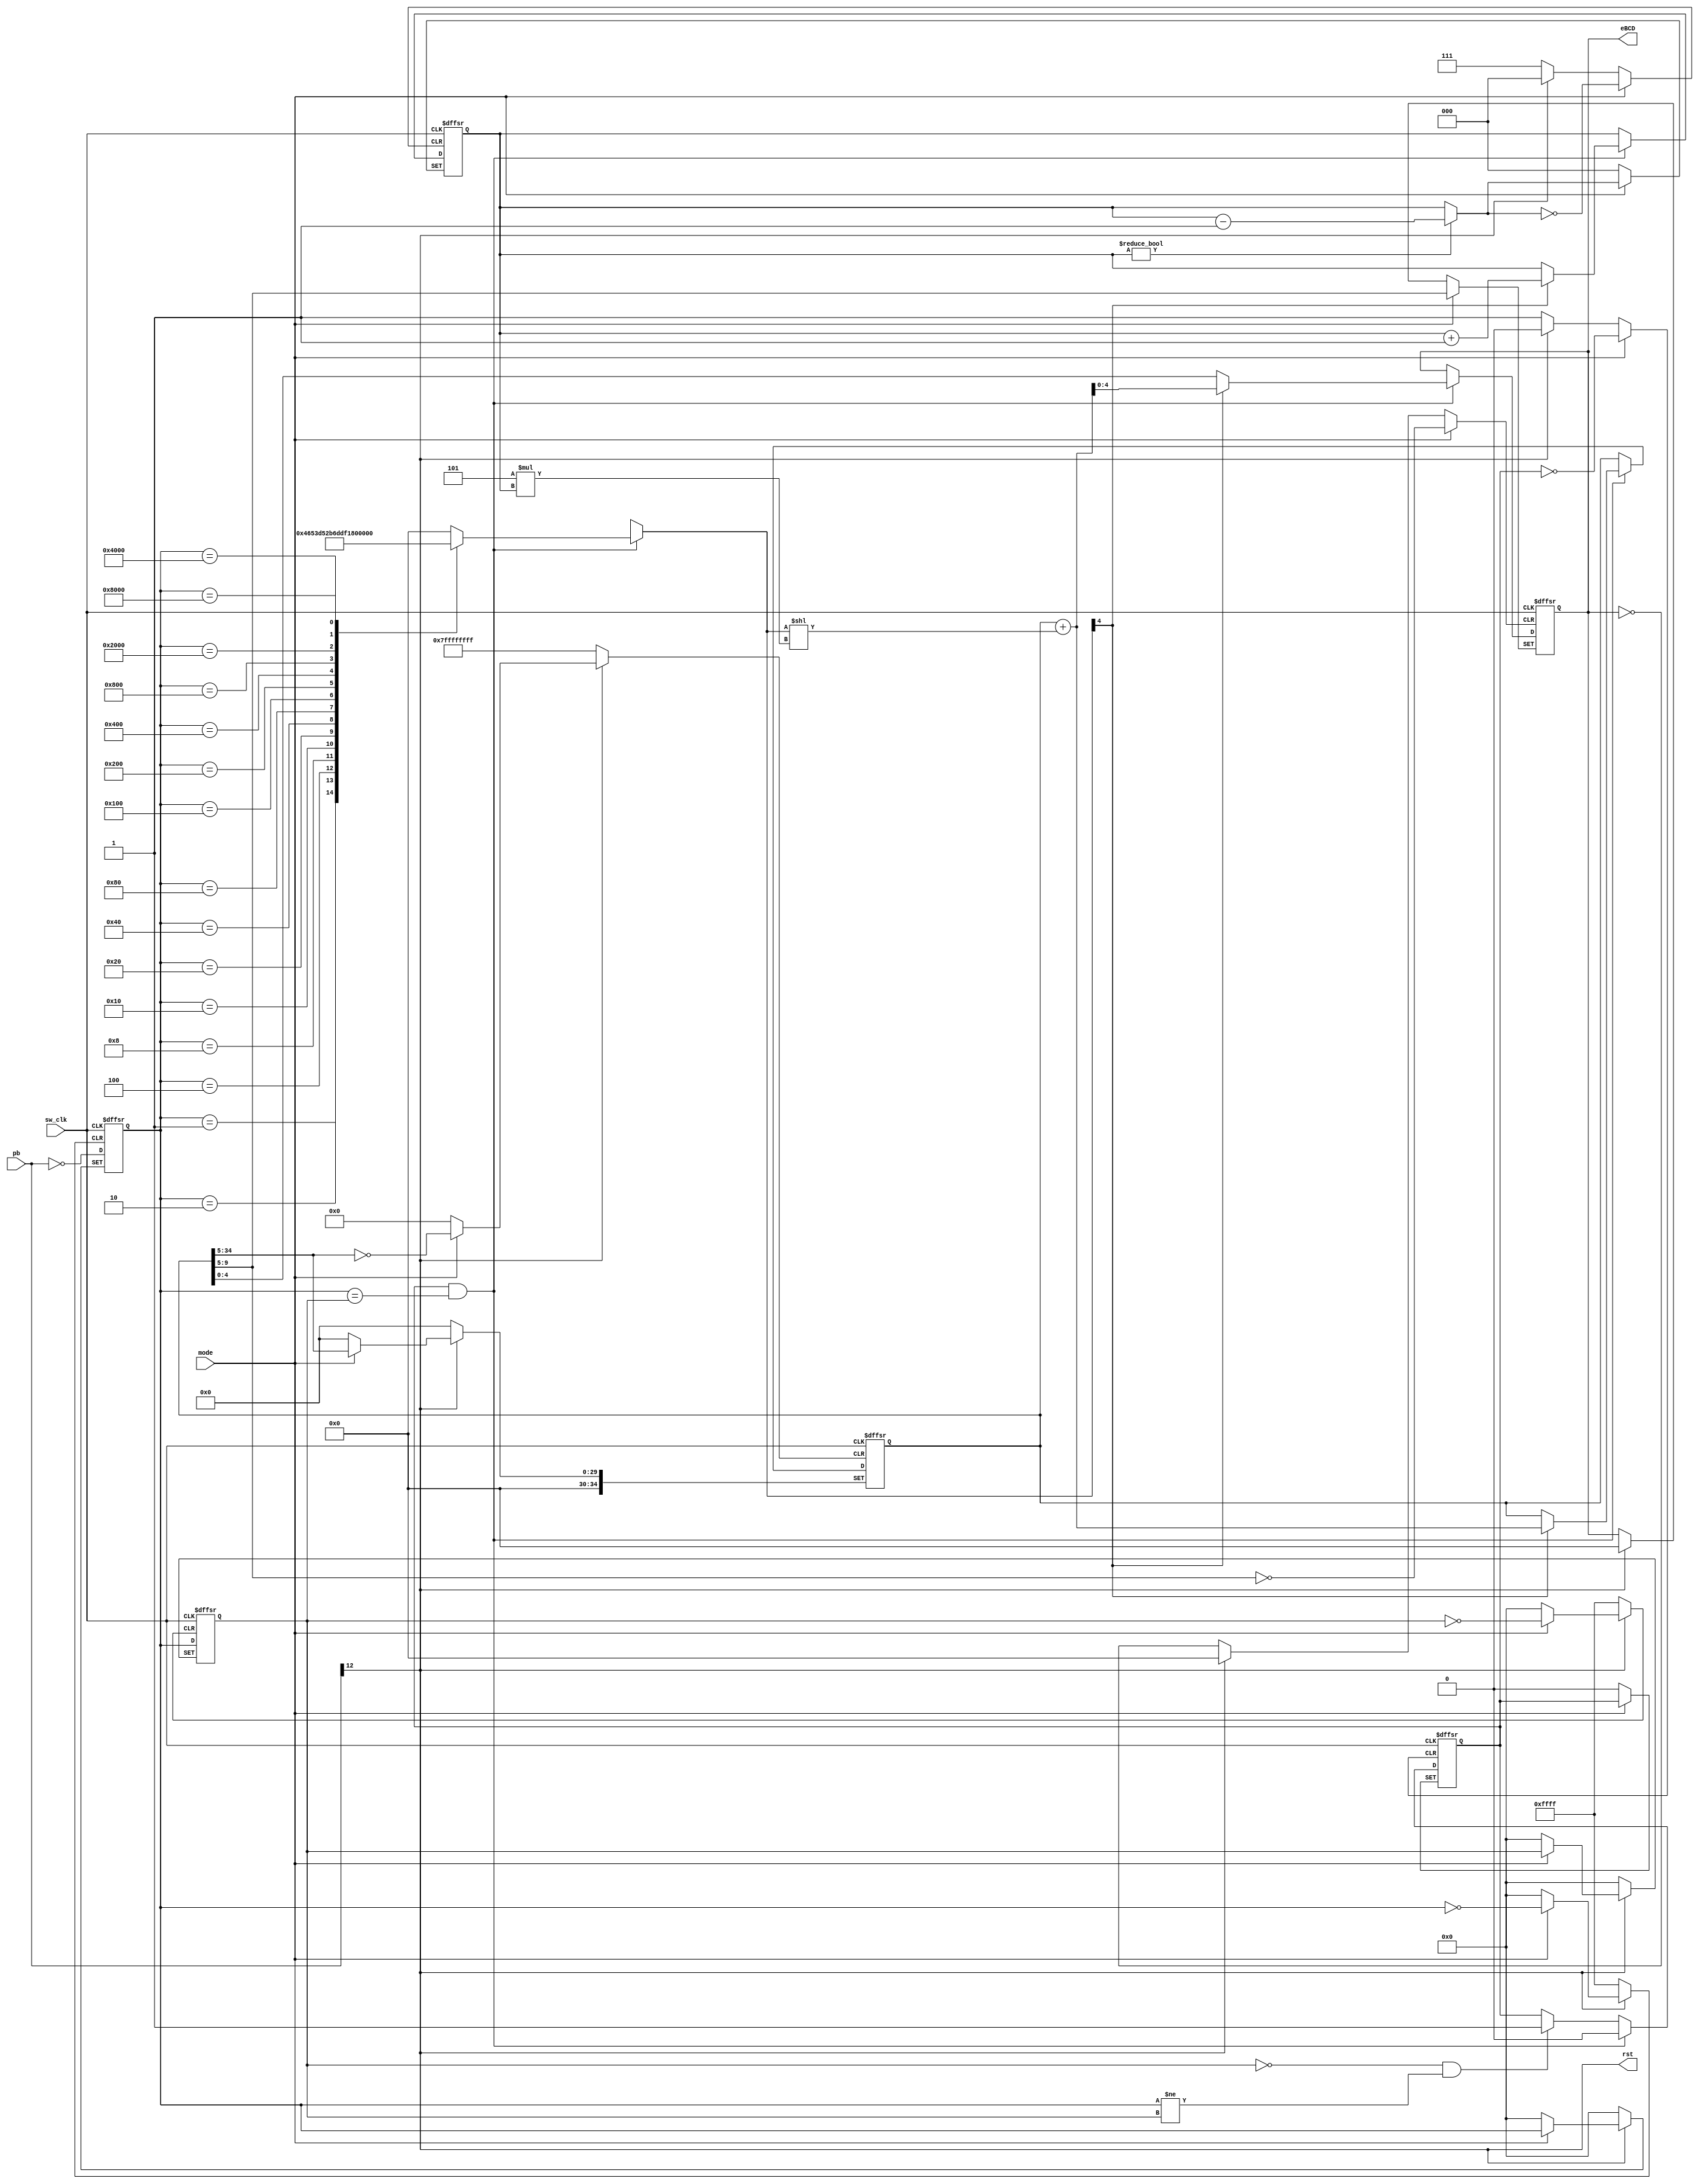
/*
	     1clk width  .
	   1 clk width   .
	posedge sw_clk   posedge 1   
	negedge keypad   .
	  buffer 
*/


module keypad_driver (sw_clk, pb, mode, eBCD, rst);
	input sw_clk;				//clock 
	input [15:0] pb;			//pull-pu   
	input mode;					//  
	output reg [4:0] eBCD;		//    
	output rst;					// reset

	reg [15:0] pb_1st;			//key pad   
	reg [15:0] pb_2nd;			//key pad   
	reg sw_toggle;				// 

	reg [4:0]	temp;			//   
	reg [34:0]	buffer = 0;			//
	reg [2:0]	cnt_buffer = 0;		//    

	assign rst = pb[12];		// reset

	always @(posedge sw_clk, negedge rst, posedge mode) begin
		if (~rst) begin
			pb_2nd <= 16'h0000;
			pb_1st <= 16'h0000;
			sw_toggle <= 0;
			temp <= 5'h00;
			buffer <= 35'b0;
			cnt_buffer <= 3'b000;
		end 
		else if (mode) begin
			buffer		= buffer >> 5;		//buffer  
			cnt_buffer	= cnt_buffer ? cnt_buffer - 1 : cnt_buffer;	//buffer  
			eBCD		= buffer[4:0];		//FIFO 
		end
		else begin
			pb_2nd <= pb_1st;		//  
			pb_1st <= ~pb;			// key pad   
			
			if (pb_2nd == 'h0000 && pb_1st != pb_2nd) begin
				//  (!),     
				//     
				//         
				sw_toggle <= 1;
			end
			
			if (sw_toggle == 1 && pb_1st == pb_2nd) begin
				// ,      
				//     
				//  .
				sw_toggle <= 0;
				/*
				* eBCD code mapping
				*   1bit  enable
				* 0 1 2 3 4 5 6 7 8 9 a  b c  d  e   f
				* 0 1 2 3 4 5 6 7 8 9 /% * +- AC ans =
				*/
				case (pb_1st)
					'h0001:	temp = 5'h11;		//1
					'h0002: temp = 5'h12;		//2
					'h0004: temp = 5'h13;		//3
					'h0008: temp = 5'h1a;		// /,%
					'h0010: temp = 5'h14;		//4
					'h0020: temp = 5'h15;		//5
					'h0040: temp = 5'h16;		//6
					'h0080: temp = 5'h1b;		//*
					'h0100: temp = 5'h17;		//7
					'h0200: temp = 5'h18;		//8
					'h0400: temp = 5'h19;		//9
					'h0800: temp = 5'h1c;		//+-
					//'h1000: temp = 5'h1d;	//AC 'h1000  rst 
					'h2000: temp = 5'h10;		//0
					'h4000: temp = 5'h1e;		//ans
					'h8000: temp = 5'h1f;		//=
					default:temp = 5'h00;		//  
				endcase
				if (temp[4]) begin
					buffer = buffer + ({30'h00_0000, temp} << (5 * cnt_buffer));		//  
					cnt_buffer = cnt_buffer + 1;						//   
					eBCD = buffer[4:0];		//FIFO 
				end
				else begin
					eBCD = buffer[4:0];		//FIFO 
				end
			end
		end
	end
endmodule